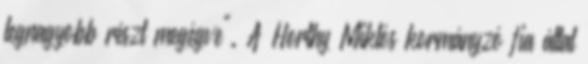
legnagyobb részt megégve". A Horthy Miklós kormányzó fia által